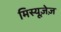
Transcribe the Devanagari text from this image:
मिस्यूज़ेज़